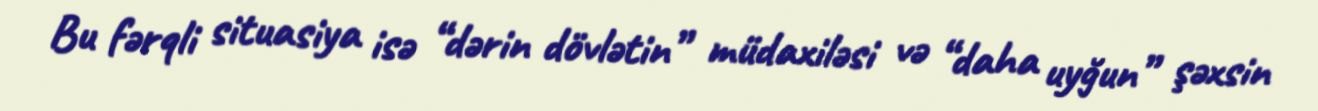
Bu fərqli situasiya isə “dərin dövlətin” müdaxiləsi və “daha uyğun” şəxsin